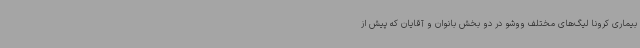
بیماری کرونا لیگ‌های مختلف ووشو در دو بخش بانوان و آقایان که پیش از